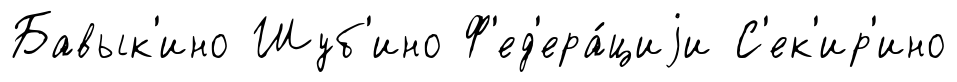
Бавык'ино Шуб'ино Ф'ед'ера́циjи С'ек'ир'ино